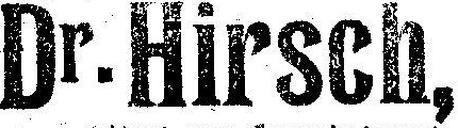
Dr. Hirsch,